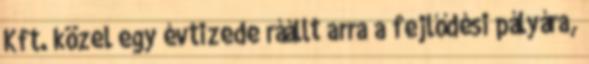
Kft. közel egy évtizede ráállt arra a fejlődési pályára,